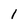
Character: 1